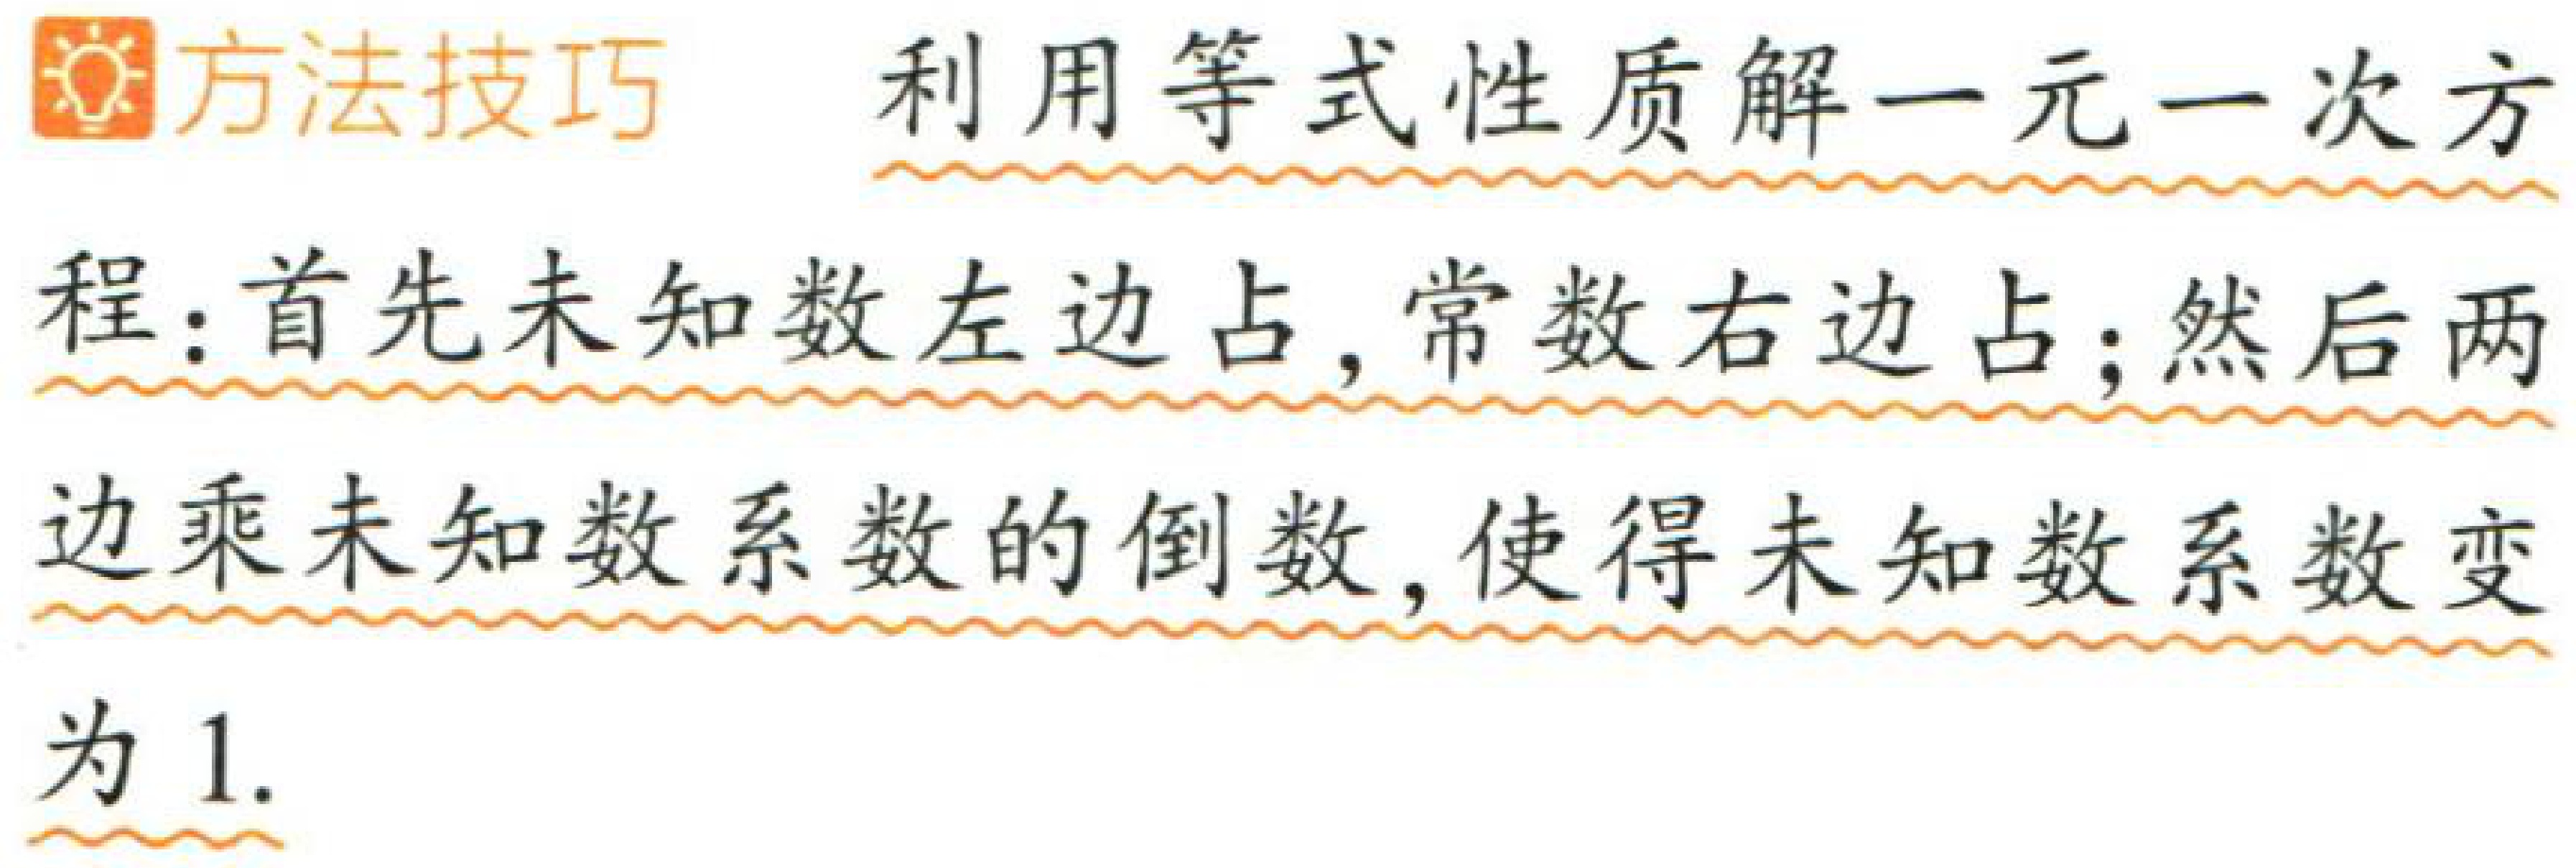
方法技巧 利用等式性质解一元一次方程：首先未知数左边占, 常数右边占；然后两边乘未知数系数的倒数, 使得未知数系数变为 1.